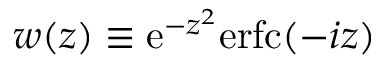
w ( z ) \equiv \mathrm { e } ^ { - z ^ { 2 } } \mathrm { e r f c } ( - i z )